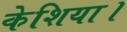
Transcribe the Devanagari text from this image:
केशिया।